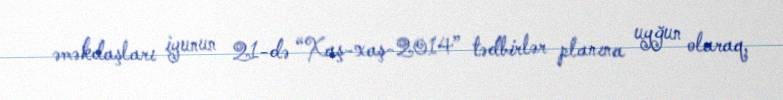
əməkdaşları iyunun 21-də “Xaş-xaş-2014” tədbirlər planına uyğun olaraq,